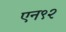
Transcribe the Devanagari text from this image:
एन९२